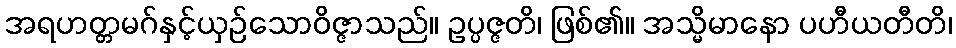
အရဟတ္တမဂ်နှင့်ယှဉ်သောဝိဇ္ဇာသည်။ ဥပ္ပဇ္ဇတိ၊ ဖြစ်၏။ အသ္မိမာနော ပဟီယတီတိ၊